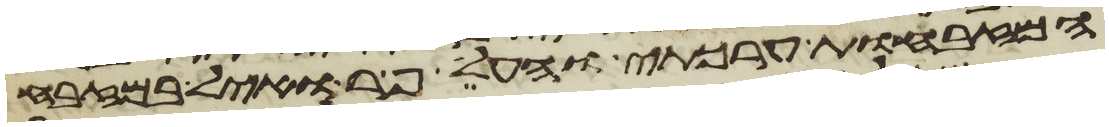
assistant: המזבחות ערכתי ואעלה פר ואיל במזבח